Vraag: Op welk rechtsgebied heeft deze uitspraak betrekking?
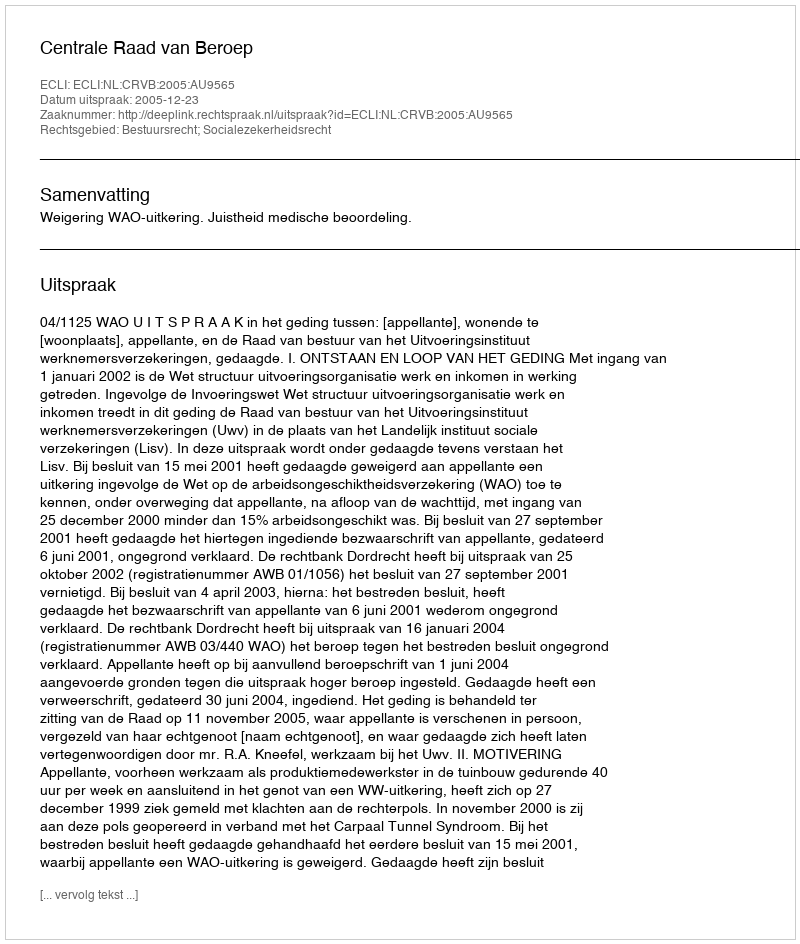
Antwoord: Bestuursrecht; Socialezekerheidsrecht